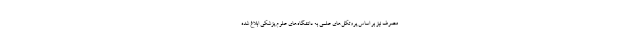
مصرف نیز بر اساس پروتکل‌های علمی به دانشگاه‌های علوم پزشکی ابلاغ شده